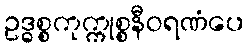
ဥဒ္ဓစ္စကုက္ကုစ္စနီဝရဏံပေ